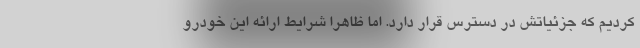
کردیم که جزئیاتش در دسترس قرار دارد. اما ظاهرا شرایط ارائه این خودرو